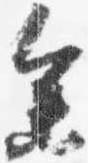
参